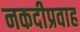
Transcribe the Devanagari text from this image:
नकदीप्रवाह